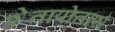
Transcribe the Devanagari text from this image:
शेतापोतास